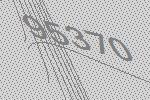
95370